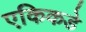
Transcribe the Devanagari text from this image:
एकिकडे